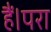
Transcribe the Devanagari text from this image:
हैं।परा